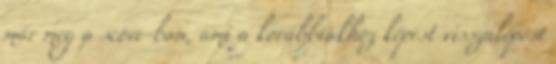
már meg a score-ban, ami a korábbiakhoz képest visszalépést